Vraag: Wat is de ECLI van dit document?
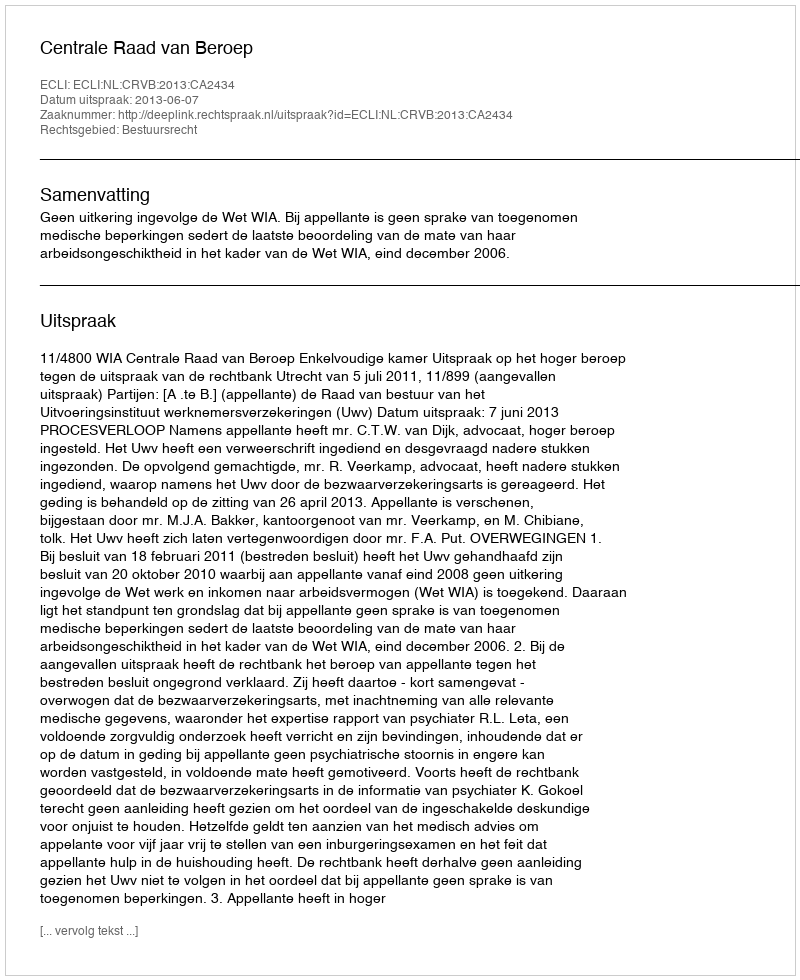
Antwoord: ECLI:NL:CRVB:2013:CA2434